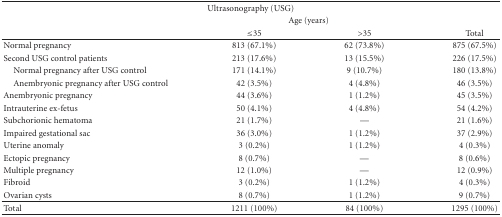
<table><thead><tr><td colspan="4"><b>Ultrasonography (USG) </b></td></tr><tr><td><b> </b></td><td colspan="2"><b>Age (years)</b></td><td><b> </b></td></tr><tr><td><b> </b></td><td><b>≤35</b></td><td><b>&gt;35</b></td><td><b>Total</b></td></tr></thead><tbody><tr><td>Normal pregnancy</td><td>813 (67.1%) </td><td>62 (73.8%) </td><td>875 (67.5%) </td></tr><tr><td>Second USG control patients</td><td>213 (17.6%) </td><td>13 (15.5%) </td><td>226 (17.5%) </td></tr><tr><td> Normal pregnancy after USG control</td><td>171 (14.1%) </td><td> 9 (10.7%) </td><td>180 (13.8%) </td></tr><tr><td> Anembryonic pregnancy after USG control</td><td>42 (3.5%) </td><td> 4 (4.8%) </td><td>46 (3.5%) </td></tr><tr><td>Anembryonic pregnancy </td><td>44 (3.6%) </td><td>1 (1.2%) </td><td>45 (3.5%) </td></tr><tr><td>Intrauterine ex-fetus</td><td>50 (4.1%) </td><td>4 (4.8%) </td><td>54 (4.2%) </td></tr><tr><td>Subchorionic hematoma</td><td>21 (1.7%) </td><td>—</td><td>21 (1.6%) </td></tr><tr><td>Impaired gestational sac</td><td>36 (3.0%) </td><td>1 (1.2%) </td><td>37 (2.9%) </td></tr><tr><td>Uterine anomaly</td><td>3 (0.2%) </td><td>1 (1.2%) </td><td>4 (0.3%) </td></tr><tr><td>Ectopic pregnancy</td><td>8 (0.7%) </td><td>—</td><td>8 (0.6%) </td></tr><tr><td>Multiple pregnancy</td><td>12 (1.0%) </td><td>—</td><td>12 (0.9%) </td></tr><tr><td>Fibroid</td><td>3 (0.2%) </td><td>1 (1.2%) </td><td>4 (0.3%) </td></tr><tr><td>Ovarian cysts</td><td>8 (0.7%) </td><td>1 (1.2%) </td><td>9 (0.7%) </td></tr><tr><td>Total</td><td>1211 (100%) </td><td>84 (100%) </td><td>1295 (100%) </td></tr></tbody></table>